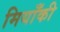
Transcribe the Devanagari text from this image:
मियाँकी